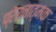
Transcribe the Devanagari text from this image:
प्रेरनात्मक